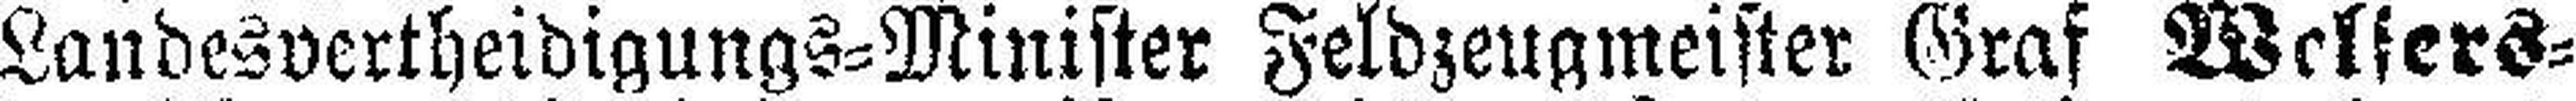
Landesvertheidigungs=Minister Feldzeugmeister Graf Welters¬